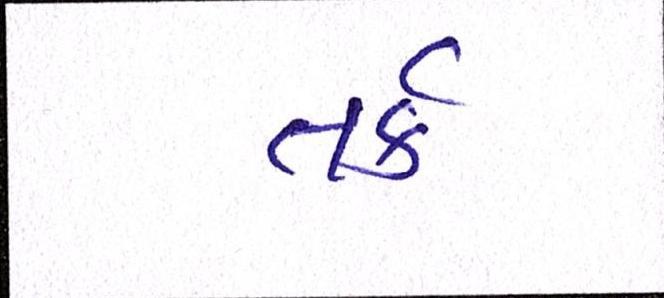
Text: તર્ક